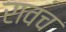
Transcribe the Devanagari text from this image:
रावच